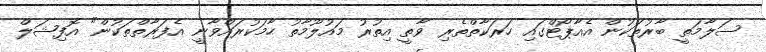
ސަލާމަތީ ބާރުތަކުން އެއާޕޯޓްގައި ހަރަކާތްތެރި ވާތީ އިތުރު މައުލޫމާތު ހާމަކުރައްވާނީ އެފަރާތްތަކުން" އޮފިޝަލް